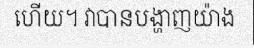
ហើយ។ វាបានបង្ហាញយ៉ាង